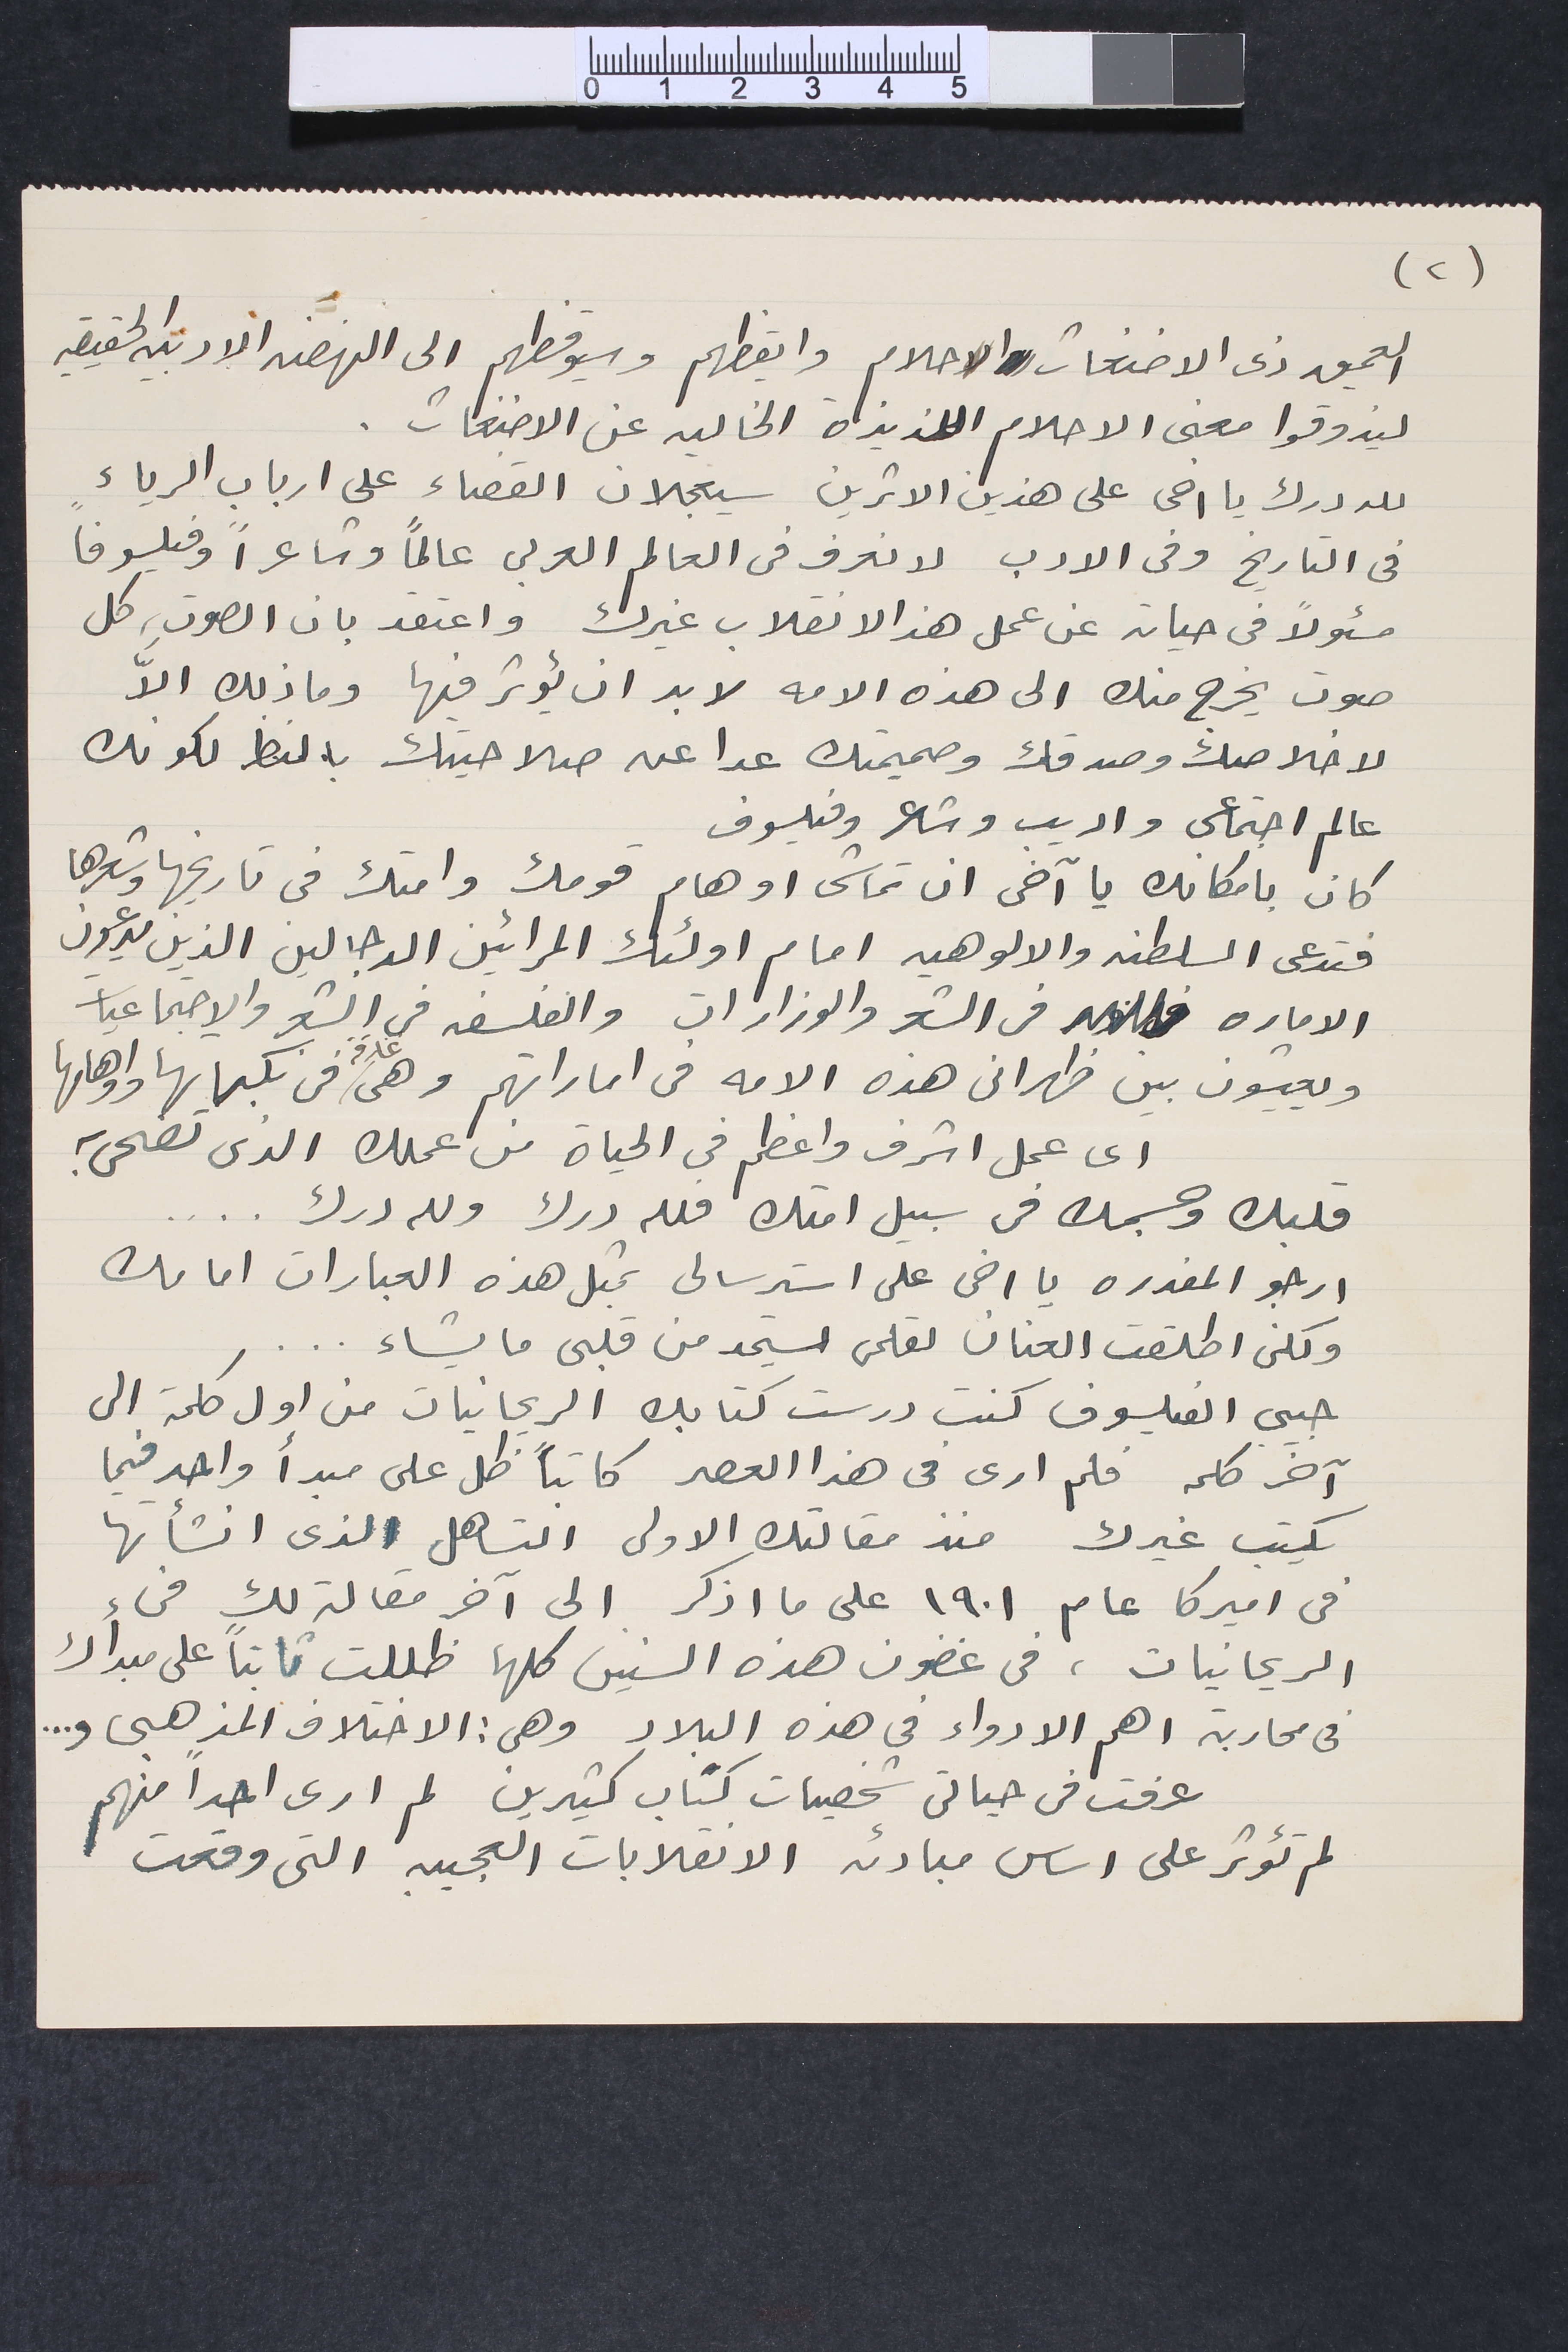
(٢)
العميق ذى الاضغاث والاحلام وايقظهم وسيوقظهم الى النهضه الادبيه الحقيقيه
ليذوقوا معنى الاحلام اللذيذة الخاليه عن الاضغاث.
لله درك يا اخى على هذين الاثرين سيعجلان القضاء على ارباب الرياء
فى التاريخ وفى الادب لا نعرف فى العالم العربى عالماً وشاعراً وفيلسوفاً
مسئولاً فى حياته عن عمل هذا الانقلاب غيرك واعتقد بان الصوت، كل
صوت يخرج منك الى هذه الامه لا بد ان يؤثر فيها وما ذلك الاَّ
لاخلاصك وصدقك وصميمتك عدا عن صلاحيتك بالنظر لكونك
عالم اجتماعى واديب وشاعر وفيلسوف
كان بامكانك يا آخى ان تماشى اوهام قومك وامتك فى تاريخها وشعرها
فتدعى السلطنه والالوهيه امام اولئك المرائين الدجالين الذين يدعون
الاماره فى الشعر والوزارات والفلسفه فى الشعر والاجتماعيات
ويعيشون بين ظهرانى هذه الامه فى اماراتهم وهى غارقه فى نكباتها واوهامها
اى عمل اشرف واعظم فى الحياة من عملك الذى تضحى به
قلبك وجسمك فى سبيل امتك فلله درك ولله درك ....
ارجو المعذره يا اخى على استرسالى بمثل هذه العبارات امامك
ولكن اطلقت العنان لقلمى ليستمد من قلبى ما يشاء ...
حبيبى الفيلسوف كنت درست كتابك الريحانيات من اول كلمة الى
آخر كلمه فلم ارى فى هذا العصر كاتباً ظل على مبدأ واحد فيما
يكتب غيرك منذ مقالتك الاولى التساهل الذى انشأتها
في اميركا عام ١٩٠١ على ما اذكرا لى آخر مقالة لك من
الريحانيات، في غضون هذه السنين كلها ظللت ثابتاً على مبدأك
في محاربة اهم الادواء في هذه البلاد وهى : الاختلاف المذهبى و ...
عرفت فى حياتى شخصيات كتاب كثيرين لم ارى احداً منهم
لم تؤثر على اساس مبادئه الانقلابات العجيبه التى وقعت